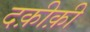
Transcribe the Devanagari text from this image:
दक़ीक़ी